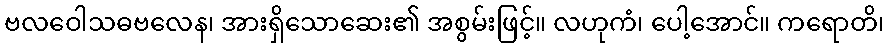
ဗလဝေါသဓဗလေန၊ အားရှိသောဆေး၏ အစွမ်းဖြင့်။ လဟုကံ၊ ပေါ့အောင်။ ကရောတိ၊